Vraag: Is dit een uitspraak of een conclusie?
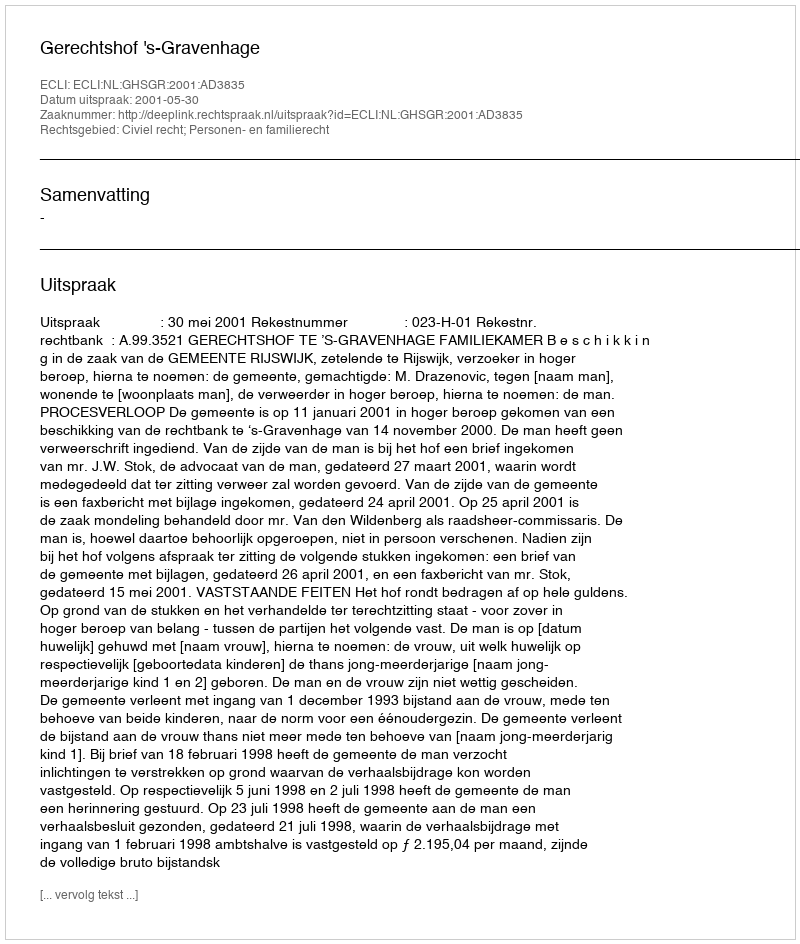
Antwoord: Uitspraak